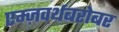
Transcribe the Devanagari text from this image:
एम्ज़वर्थबरोबर